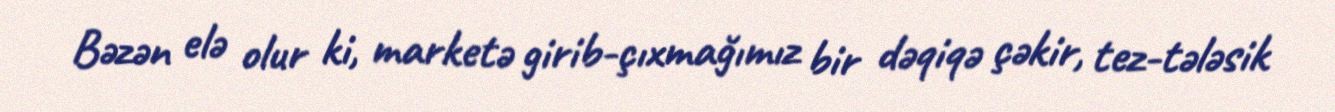
Bəzən elə olur ki, marketə girib-çıxmağımız bir dəqiqə çəkir, tez-tələsik